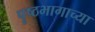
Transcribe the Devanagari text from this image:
पॄष्ठभागाच्या